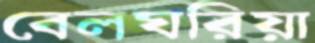
বেলঘরিয়া